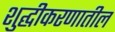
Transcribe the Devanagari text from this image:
शुद्घीकरणातील